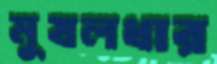
মুষলধার